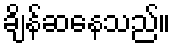
ချိန်ဆနေသည်။